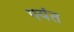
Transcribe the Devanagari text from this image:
पयंत